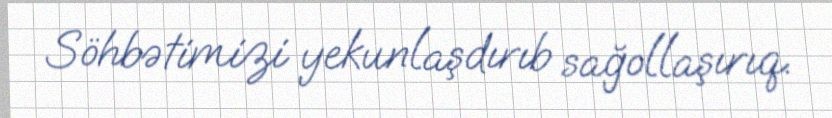
Söhbətimizi yekunlaşdırıb sağollaşırıq.